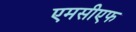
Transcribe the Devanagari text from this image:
एमसीएफ